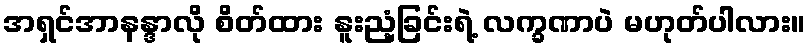
အရှင်အာနန္ဒာလို စိတ်ထား နူးညံ့ခြင်းရဲ့ လက္ခဏာပဲ မဟုတ်ပါလား။